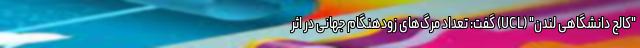
"کالج دانشگاهی لندن" (UCL) گفت: تعداد مرگ‌های زودهنگام جهانی در اثر